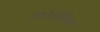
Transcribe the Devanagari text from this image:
कोमेडिया